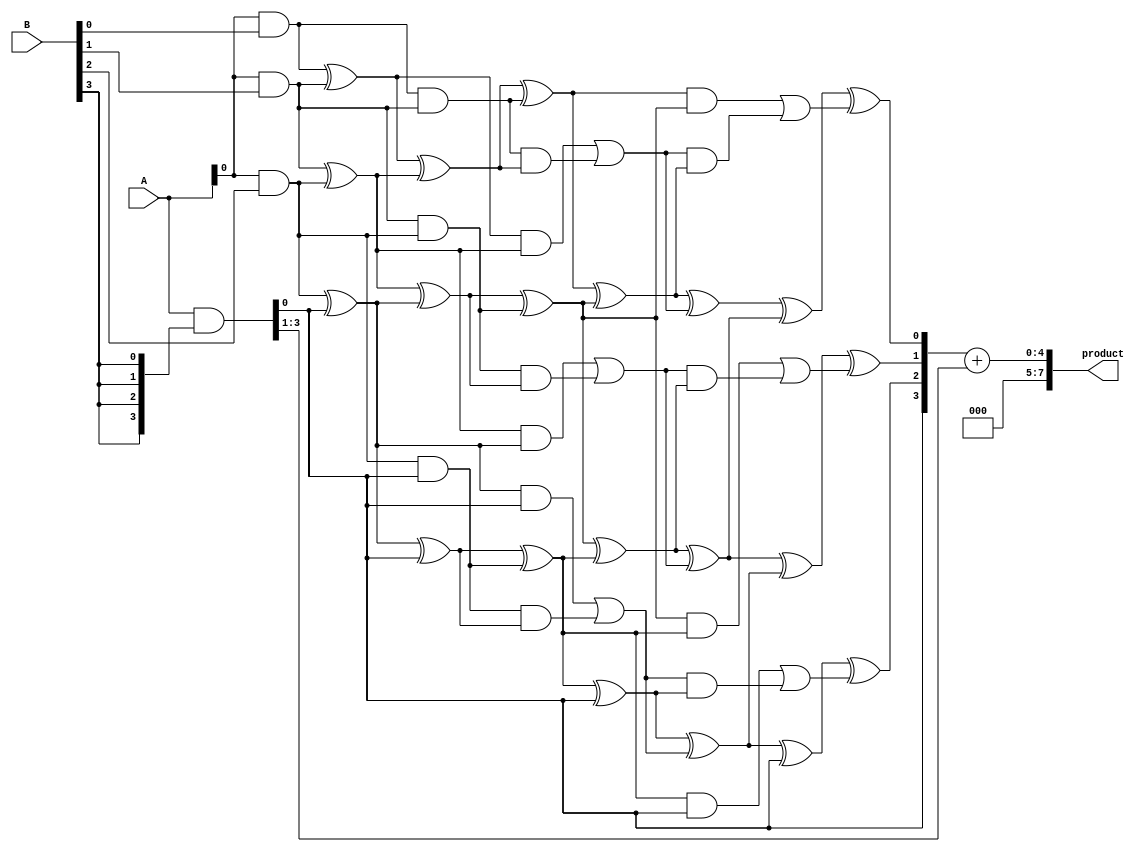
module wallace_tree_multiplier #(parameter N = 4) (
    input  [N-1:0] A, // Multiplicand
    input  [N-1:0] B, // Multiplier
    output reg [2*N-1:0] product // Product output
);

    // Partial product generation
    wire [N-1:0] pp [0:N-1]; // Partial products
    genvar i;
    generate
        for (i = 0; i < N; i = i + 1) begin : partial_product_gen
            assign pp[i] = A & {N{B[i]}}; // AND operation to generate partial products
        end
    endgenerate

    // Wallace tree reduction
    wire [N-1:0] sum [0:N-1]; // Sums at each level
    wire [N-1:0] carry [0:N-1]; // Carries at each level

    // First stage of reduction
    generate
        for (i = 0; i < N; i = i + 1) begin : reduction_stage1
            if (i < N-1) begin
                assign sum[0][i] = pp[i][0] ^ pp[i+1][0]; // Half adder for LSB
                assign carry[0][i] = pp[i][0] & pp[i+1][0]; // Carry from half adder
            end
            else begin
                assign sum[0][i] = pp[i][0]; // Last bit
                assign carry[0][i] = 1'b0; // No carry
            end
        end
    endgenerate

    // Further stages of reduction
    genvar j;
    generate
        for (j = 1; j < N; j = j + 1) begin : reduction_stages
            for (i = 0; i < N; i = i + 1) begin : reduction_row
                if (i < N-1) begin
                    wire a, b, c;
                    assign a = sum[j-1][i];
                    assign b = (i < N-1) ? sum[j-1][i+1] : 1'b0; // Next sum
                    assign c = carry[j-1][i]; // Carry from previous stage

                    // Full adder for three inputs
                    assign sum[j][i] = a ^ b ^ c; // Sum output
                    assign carry[j][i] = (a & b) | (c & (a ^ b)); // Carry output
                end
                else begin
                    assign sum[j][i] = sum[j-1][i]; // Last bit remains
                    assign carry[j][i] = carry[j-1][i]; // Last carry remains
                end
            end
        end
    endgenerate

    // Final addition
    wire [N-1:0] final_sum;
    wire final_carry;

    assign final_sum = sum[N-1];
    assign final_carry = carry[N-1][N-1];

    // Combine final result
    always @(*) begin
        product = {final_carry, final_sum} + {1'b0, pp[N-1][N-1:1]}; // Add last partial product
    end

endmodule